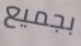
بجميع